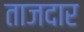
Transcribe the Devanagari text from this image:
ताजदार